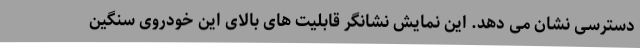
دسترسی نشان می دهد. این نمایش نشانگر قابلیت های بالای این خودروی سنگین